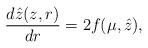
LaTeX: \begin{align*} \frac{d\hat{z}(z,r)}{dr} = 2 f(\mu,\hat{z}),\end{align*}